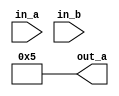
module ASG_NR_SUPN (in_a, in_b, out_a);
   input in_a;
   input in_b;
   output reg [3:0] out_a;
   supply0 s0;
   supply1 s1;
   supply0 p0;
   supply1 p1;
   assign s0 = in_a;
   assign s1 = in_b;
   buf (p0, in_a);
   buf (p1, in_b);
   always @(s0 or s1 or p0 or p1)
   out_a = {s0,s1,p0,p1};
endmodule